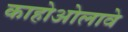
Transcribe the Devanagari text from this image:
काहोओलावे